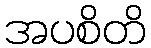
အပစိတိ